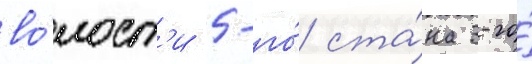
во́лост'и 5-го́ ста́на 3-го́